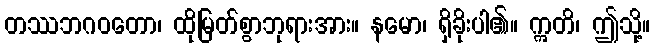
တဿဘဂဝတော၊ ထိုမြတ်စွာဘုရားအား။ နမော၊ ရှိခိုးပါ၏။ ဣတိ၊ ဤသို့။